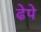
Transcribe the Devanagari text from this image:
ढेपे